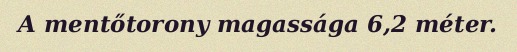
A mentőtorony magassága 6,2 méter.